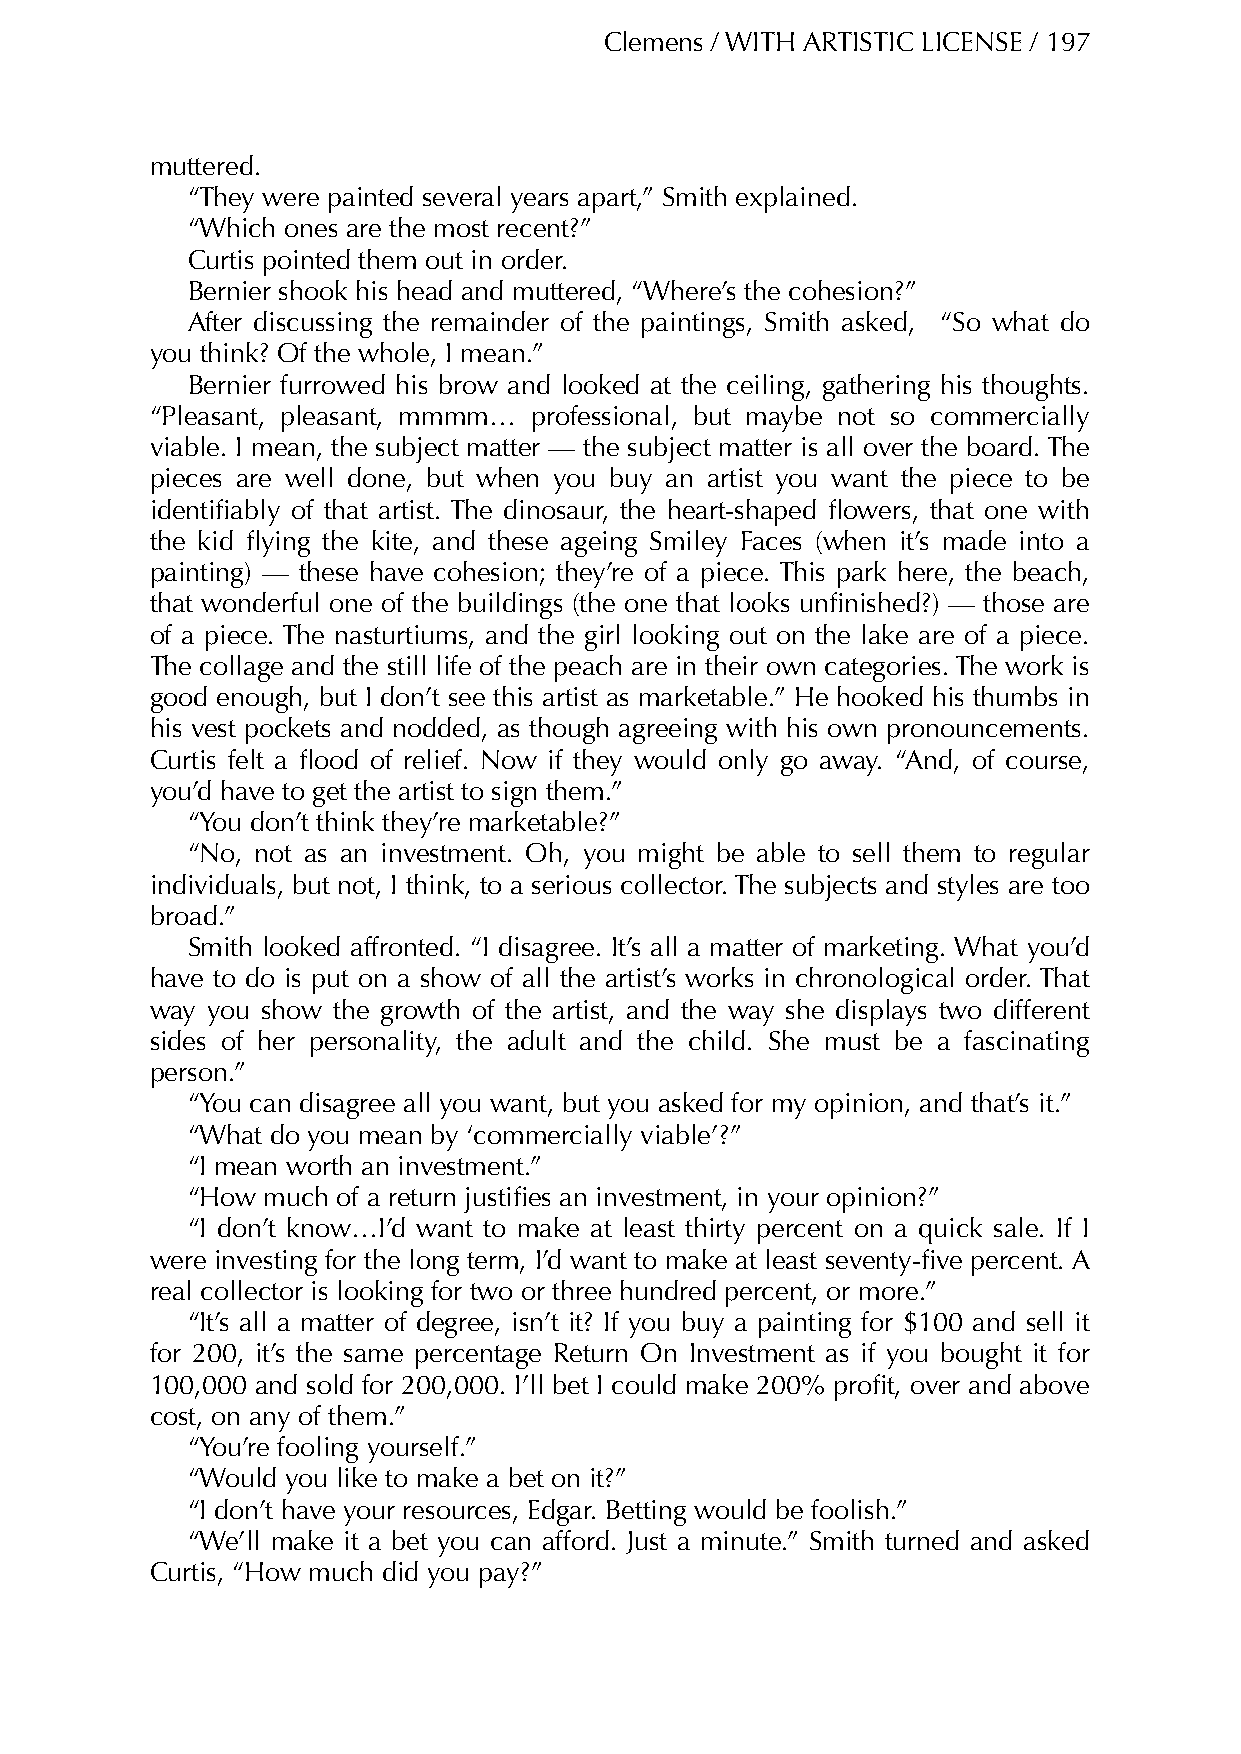
Clemens / WITH ARTISTIC LICENSE / 197
 muttered.
 “They were painted several years apart,” Smith explained.
 “Which ones are the most recent?”
 Curtis pointed them out in order.
 Bernier shook his head and muttered, “Where’s the cohesion?”
 After discussing the remainder of the paintings, Smith asked, “So what do
 you think? Of the whole, I mean.”
 Bernier furrowed his brow and looked at the ceiling, gathering his thoughts.
 “Pleasant, pleasant, mmmm… professional, but maybe not so commercially
 viable. I mean, the subject matter — the subject matter is all over the board. The
 pieces are well done, but when you buy an artist you want the piece to be
 identifiably of that artist. The dinosaur, the heart-shaped flowers, that one with
 the kid flying the kite, and these ageing Smiley Faces (when it’s made into a
 painting) — these have cohesion; they’re of a piece. This park here, the beach,
 that wonderful one of the buildings (the one that looks unfinished?) — those are
 of a piece. The nasturtiums, and the girl looking out on the lake are of a piece.
 The collage and the still life of the peach are in their own categories. The work is
 good enough, but I don’t see this artist as marketable.” He hooked his thumbs in
 his vest pockets and nodded, as though agreeing with his own pronouncements.
 Curtis felt a flood of relief. Now if they would only go away. “And, of course,
 you’d have to get the artist to sign them.”
 “You don’t think they’re marketable?”
 “No, not as an investment. Oh, you might be able to sell them to regular
 individuals, but not, I think, to a serious collector. The subjects and styles are too
 broad.”
 Smith looked affronted. “I disagree. It’s all a matter of marketing. What you’d
 have to do is put on a show of all the artist’s works in chronological order. That
 way you show the growth of the artist, and the way she displays two different
 sides of her personality, the adult and the child. She must be a fascinating
 person.”
 “You can disagree all you want, but you asked for my opinion, and that’s it.”
 “What do you mean by ‘commercially viable’?”
 “I mean worth an investment.”
 “How much of a return justifies an investment, in your opinion?”
 “I don’t know…I’d want to make at least thirty percent on a quick sale. If I
 were investing for the long term, I’d want to make at least seventy-five percent. A
 real collector is looking for two or three hundred percent, or more.”
 “It’s all a matter of degree, isn’t it? If you buy a painting for $100 and sell it
 for 200, it’s the same percentage Return On Investment as if you bought it for
 100,000 and sold for 200,000. I’ll bet I could make 200% profit, over and above
 cost, on any of them.”
 “You’re fooling yourself.”
 “Would you like to make a bet on it?”
 “I don’t have your resources, Edgar. Betting would be foolish.”
 “We’ll make it a bet you can afford. Just a minute.” Smith turned and asked
 Curtis, “How much did you pay?”